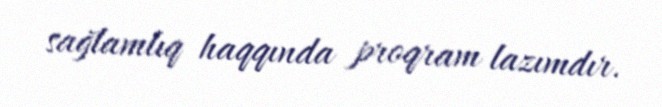
sağlamlıq haqqında proqram lazımdır.